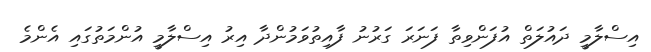
އިސްލާމީ ދައުލަތް އުފަންވިތާ ފަނަރަ ގަރުނު ފާއިތުވަމުންދާ އިރު އިސްލާމީ އުންމަތުގައި އެންމެ